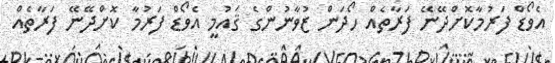
އެވޯޑް ފަރުމާކޮށްދޭނޭ ފަރާތެއް ހޯދަން ޒުވާނުންގެ ޤައުމީ އެވޯޑް ފަރުމާ ކޮށްދޭނޭ ފަރާތެއް